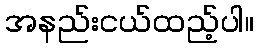
အနည်းငယ်ထည့်ပါ။